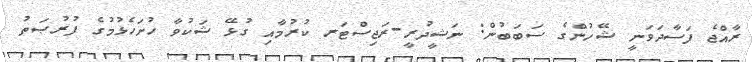
ރާއްޖެ ފަސާދަވަނީ ޝޭހުންގެ ސަބަބުން: ނަޝީދުރީ-ރަޖިސްޓަރ ކުރުމާއި ގުޅޭ ޝަކުވާ ހުށަހެޅުމުގެ ފުރުޞަތު